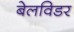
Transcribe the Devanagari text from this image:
बेलविडर